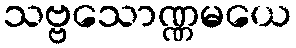
သဗ္ဗသောဏ္ဏမယေ